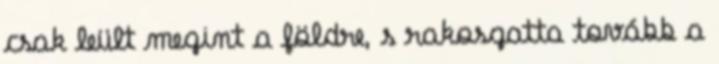
csak leült megint a földre, s rakosgatta tovább a